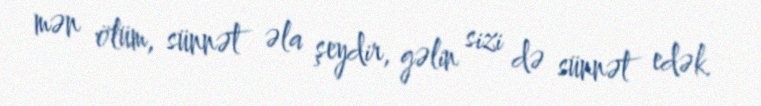
mən ölüm, sünnət əla şeydir, gəlin sizi də sünnət edək.